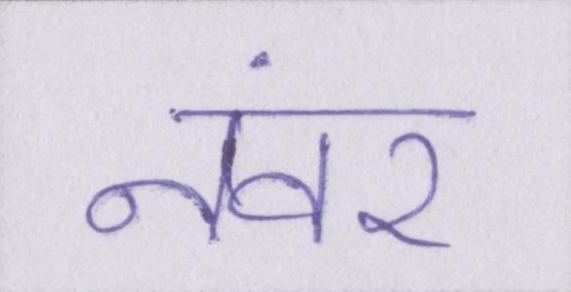
नंवर